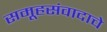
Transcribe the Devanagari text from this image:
समूहसंवादाचे